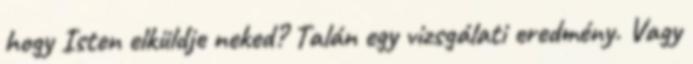
hogy Isten elküldje neked? Talán egy vizsgálati eredmény. Vagy